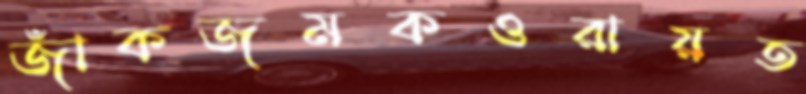
জাঁকজমকওরায়ত